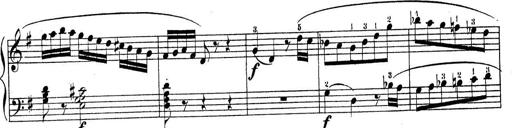
Title: Piano Sonatine No.2
Composer: Peter Piel
Key: G major